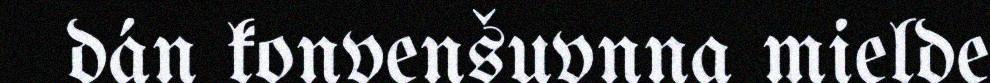
dán konvenšuvnna mielde